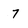
Character: 7